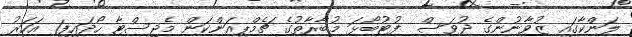
ލަންކާގައި ޒުވާނުންގެ ދުވަސް  ފުޓުބޯޅަ މުބާރާތުގެ ޗެމްޕިއަންކަން މެޖިސްޓާ ހޯދައިފި1 އަހަރު